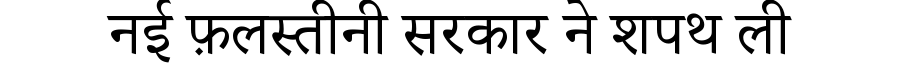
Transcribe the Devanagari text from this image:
नई फ़लस्तीनी सरकार ने शपथ ली